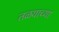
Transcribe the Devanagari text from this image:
तळयाच्या